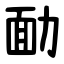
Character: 勔